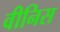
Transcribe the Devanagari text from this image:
वीनिस